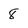
Character: 8